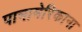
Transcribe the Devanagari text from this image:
पानामेरिकाना